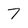
Character: 7